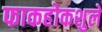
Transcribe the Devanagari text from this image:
फाकहोकशुले